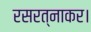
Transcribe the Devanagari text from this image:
रसरत्नाकर।